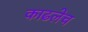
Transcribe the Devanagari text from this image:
काढलेच